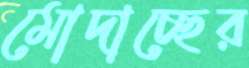
মোদাচ্ছের